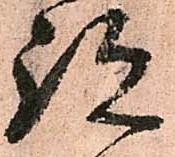
跡